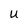
Character: U